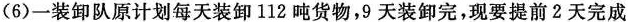
(6)一装卸队原计划每天装卸112吨货物，9天装卸完，现要提前2天完成